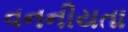
વનનીયતા